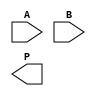
module WallaceTreeMultiplier #(parameter WIDTH_A = 8, parameter WIDTH_B = 8) (
    input  [WIDTH_A-1:0] A,
    input  [WIDTH_B-1:0] B,
    output reg [WIDTH_A + WIDTH_B - 1:0] P
);

    // Declare partial product wires
    wire [WIDTH_A + WIDTH_B - 1:0] partial_products[WIDTH_B-1:0];

    // Generate partial products
    generate
        genvar i;
        for (i = 0; i < WIDTH_B; i = i + 1) begin : pp_gen
            assign partial_products[i] = (B[i]) ? (A << i) : 0;
        end
    endgenerate

    // Wallace tree reduction stages
    wire [WIDTH_A + WIDTH_B - 1:0] sum[WIDTH_B-1:0];
    wire [WIDTH_B-1:0] carry[WIDTH_B-1:0];
    wire [WIDTH_A + WIDTH_B - 1:0] final_sum, final_carry;

    // Initial assignment of partial products to the first stage
    assign sum[0] = partial_products[0] + partial_products[1];
    assign carry[0] = 0;

    // Wallace tree reduction
    generate
        genvar j;
        for (j = 1; j < WIDTH_B; j = j + 1) begin : reduction_stage
            wire [WIDTH_A + WIDTH_B - 1:0] a, b;
            assign a = sum[j-1];
            assign b = partial_products[j + 1];
            assign {carry[j], sum[j]} = a + b;
        end
    endgenerate

    // Final addition of the last two sums and carry
    assign {final_carry, final_sum} = sum[WIDTH_B-1] + carry[WIDTH_B-1];

    // Final product assignment
    always @* begin
        P = final_sum + final_carry;
    end

endmodule